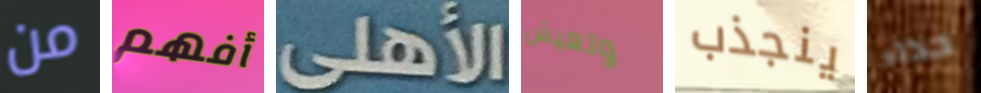
من أفهم الأهلى وتعيش ينجذب حذاء